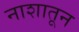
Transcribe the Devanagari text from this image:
नाशातून